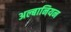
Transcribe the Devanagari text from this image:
अल्बानियन